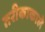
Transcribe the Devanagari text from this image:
तरीकाकाले